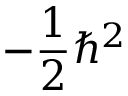
- { \frac { 1 } { 2 } } \hbar ^ { 2 }